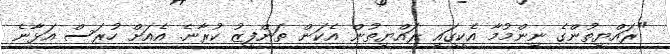
"ރައްޔިތުންގެ ނިންމުމާ އެކީގައި ރައްޔިތުން އެކަން ތަންފީޒު ކުރާނެ. އެއަށް ހުރަސް އަޅާނެ